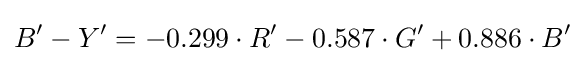
B^{\prime }-Y^{\prime }=-0.299\cdot R^{\prime }-0.587\cdot G^{\prime }+0.886\cdot B^{\prime }